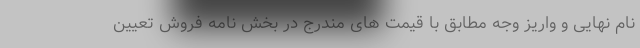
نام نهایی و واریز وجه مطابق با قیمت های مندرج در بخش نامه فروش تعیین